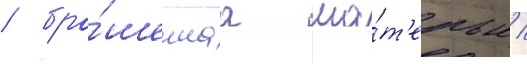
/ бро́шеннаа ма́т'ерью /